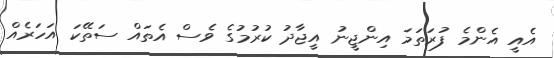
އެއީ އެންމެ ފުރަތަމަ އިންޖީނު އީޖާދު ކުރުމުގެ ވެސް އެތައް ސަތޭކަ އަހަރެއް